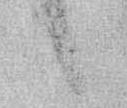
候